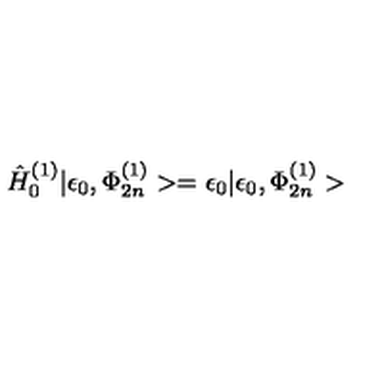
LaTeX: { \hat { H } } _ { 0 } ^ { ( 1 ) } | \epsilon _ { 0 } , \Phi _ { 2 n } ^ { ( 1 ) } > = \epsilon _ { 0 } | \epsilon _ { 0 } , \Phi _ { 2 n } ^ { ( 1 ) } >